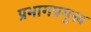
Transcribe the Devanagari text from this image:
प्रभागप्रमुख